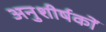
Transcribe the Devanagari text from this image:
अनुशीर्षकों